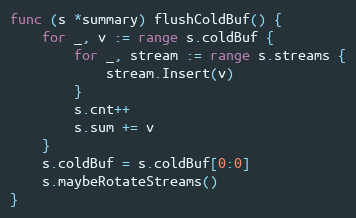
Language: Go
func (s *summary) flushColdBuf() {
	for _, v := range s.coldBuf {
		for _, stream := range s.streams {
			stream.Insert(v)
		}
		s.cnt++
		s.sum += v
	}
	s.coldBuf = s.coldBuf[0:0]
	s.maybeRotateStreams()
}